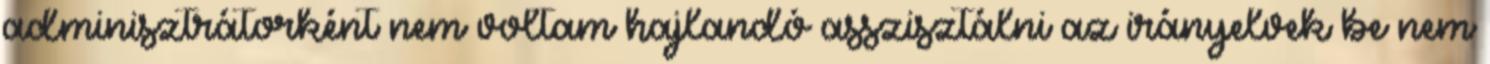
adminisztrátorként nem voltam hajlandó asszisztálni az irányelvek be nem